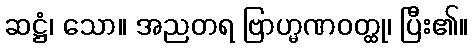
ဆဋ္ဌံ၊ သော။ အညတရ ဗြာဟ္မဏဝတ္ထု၊ ပြီး၏။